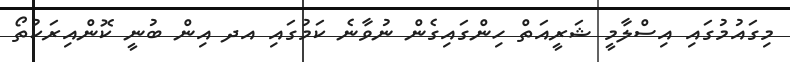
މިގައުމުގައި އިސްލާމީ ޝަރީއަތް ހިންގައިގެން ނުވާނެ ކަމުގައި އދ އިން ބުނީ ކޮންއިރަކުތޯ